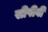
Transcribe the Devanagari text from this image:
सीपीवी